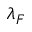
\lambda _ { F }